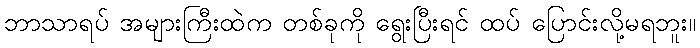
ဘာသာရပ် အများကြီးထဲက တစ်ခုကို ရွေးပြီးရင် ထပ် ပြောင်းလို့မရဘူး။